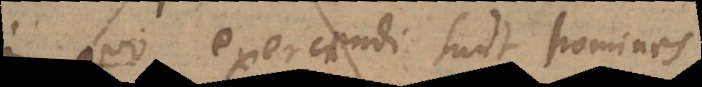
n eo exercendi sunt homines